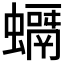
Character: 𧒘